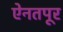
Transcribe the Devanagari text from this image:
ऐनतपूर